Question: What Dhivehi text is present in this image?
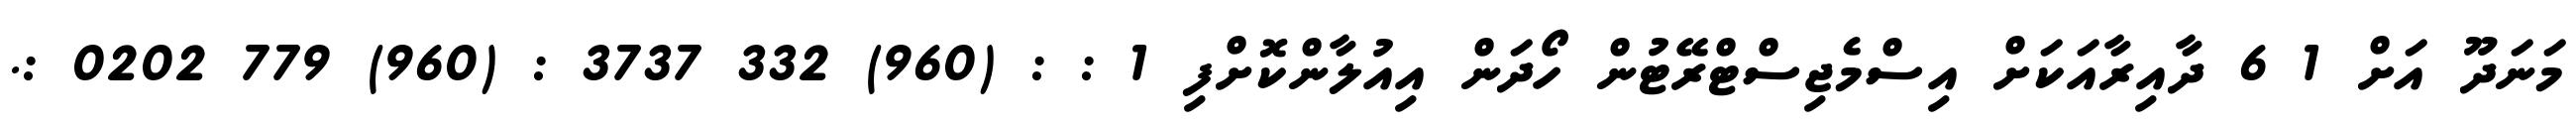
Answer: މަނަދޫ އަށް 1 6 ދާއިރާއަކަށް އިސްމެޖިސްޓްރޭޓުން ހޯދަން އިއުލާންކޮށްފި 1 : : (960) 332 3737 : (960) 779 0202 :.